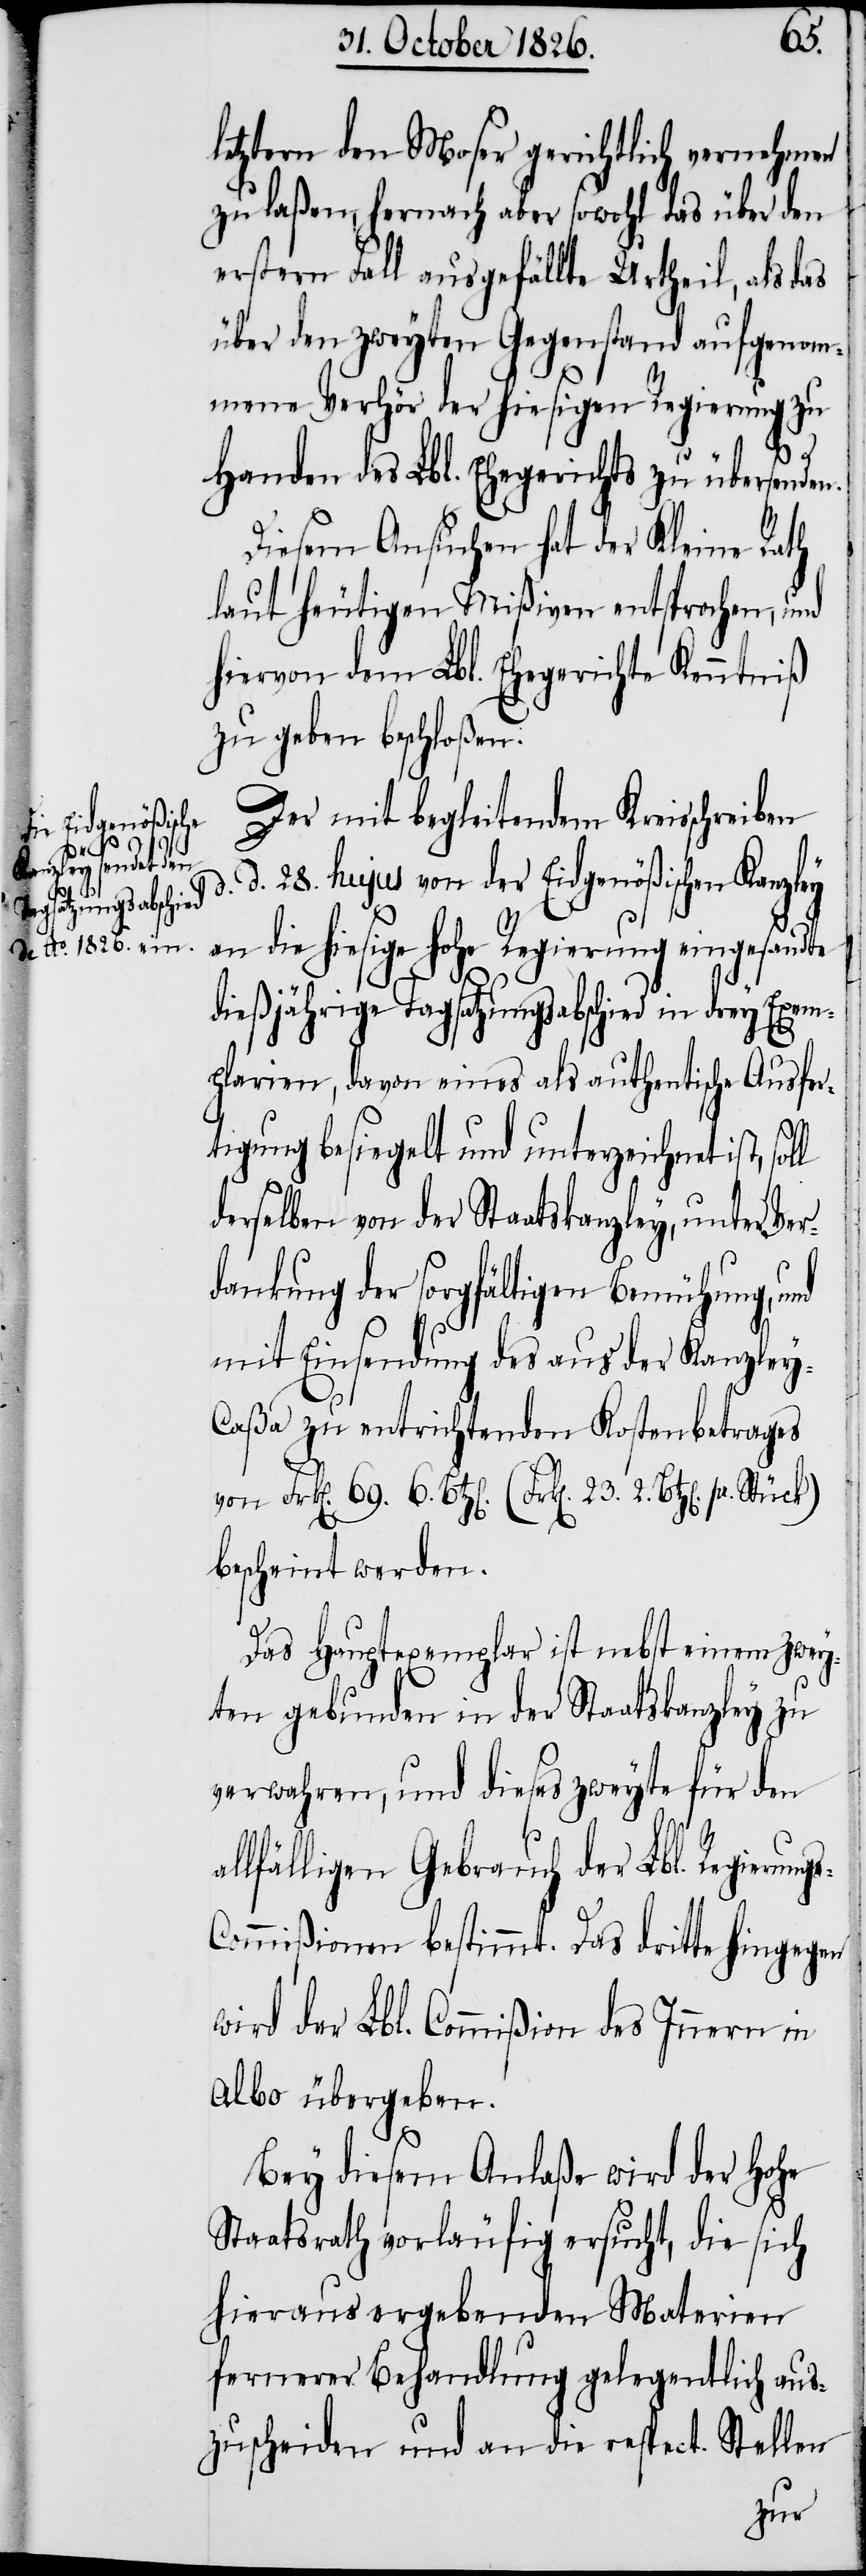
a¬

s-C¬
letztern den Moser gerichtlich vernehmen
zu laßen, hernach aber sowohl das über den
erstern Fall ausgefällte Urtheil, als d¬
über den zweyten Gegenstand aufgenom¬
mene Verhör der hiesigen Regierung zu
23. 2.
Handen des Lbl. Ehegerichts zu übersenden.
Diesem Ansuchen hat der Kleine Rath
laut heutigen Mißiven entsprochen, und
hiervon dem Lbl. Ehegerichte Kenntniß
zu geben beschloßen.
Der mit begleitendem Kreisschreiben
d. 28. hujus von der Eidgenößischen Kanzley
an die hiesige hohe Regierung eingesandte
dießjährige Tagsatzungsabschied in drey Exem¬
plarien, davon eines als authentische Ausfer¬
tigung besiegelt und unterzeichnet ist,
derselben von der Staatskanzley, unter Ver¬
dankung der sorgfältigen Bemühung, und
mit Einsendung des aus der Kanzle¬
aßa zu entrichtenden Kostenbetrages
bescheint werden.
Das Hauptexemplar ist nebst einem zwey¬
ten gebunden in der Staatskanzley zu
verwahren, und dieses zweyte für den
llfälligen Gebrauch der Lbl. Regierung¬
ommißion bestimmt, das dritte hingegen
wird der Lbl. Commißion des Innern in
Albo übergeben.
Bey diesem Anlaße wird der hohe
Staatsrath vorläufig ersucht, die sich
hieraus ergebenden Materien
fernerer Behandlung gelegentlich aus¬
zuscheiden und an die respect. Stellen